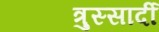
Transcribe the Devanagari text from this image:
त्रुस्सार्दी